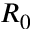
R _ { 0 }